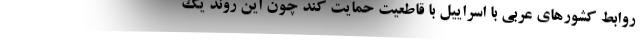
روابط کشورهای عربی با اسراییل با قاطعیت حمایت کند چون این روند یک